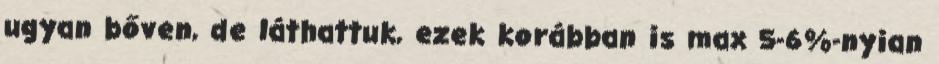
ugyan bőven, de láthattuk, ezek korábban is max 5-6%-nyian